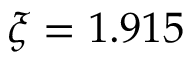
\xi = 1 . 9 1 5